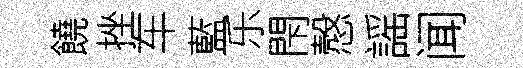
饒挫车藍乐閇慤謡闻